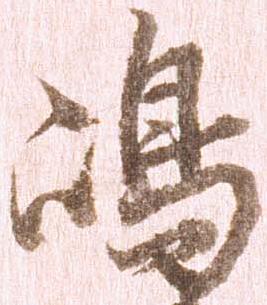
嶋